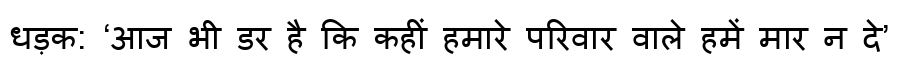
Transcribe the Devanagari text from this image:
धड़क: ‘आज भी डर है कि कहीं हमारे परिवार वाले हमें मार न दे’